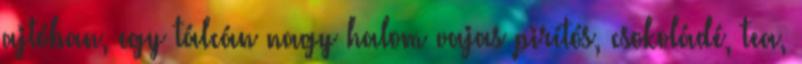
ajtóban, egy tálcán nagy halom vajas pirítós, csokoládé, tea,